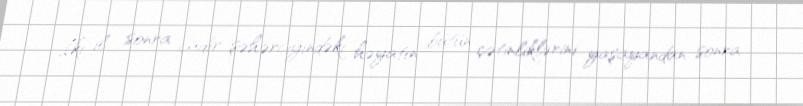
İki il sonra çadır şəhərciyindəki həyatın bütün çətinliklərini yaşayandan sonra